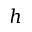
h